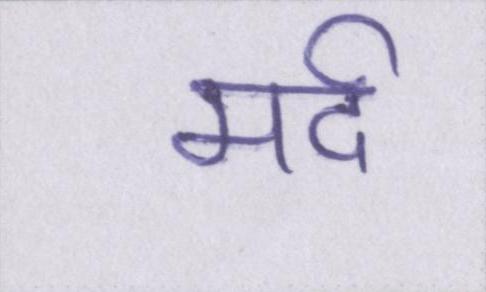
मर्द